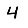
Digit: 4